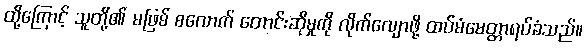
ထို့ကြောင့် သူတို့၏ မဖြစ် စလောက် တောင်းဆိုမှုကို လိုက်လျောဖို့ ထပ်မံမေတ္တာရပ်ခံသည်။